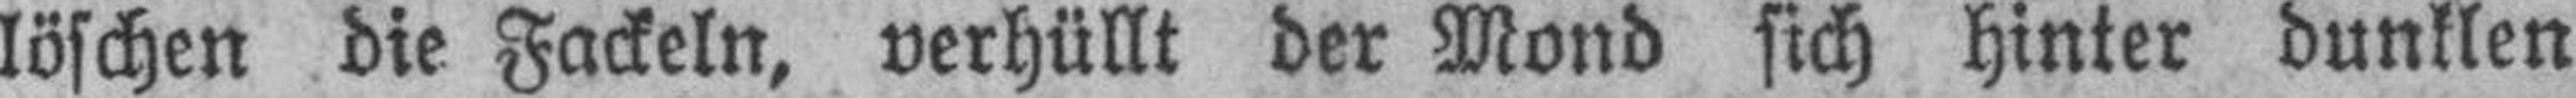
löschen die Fackeln, verhüllt der Mond sich hinter dunklen